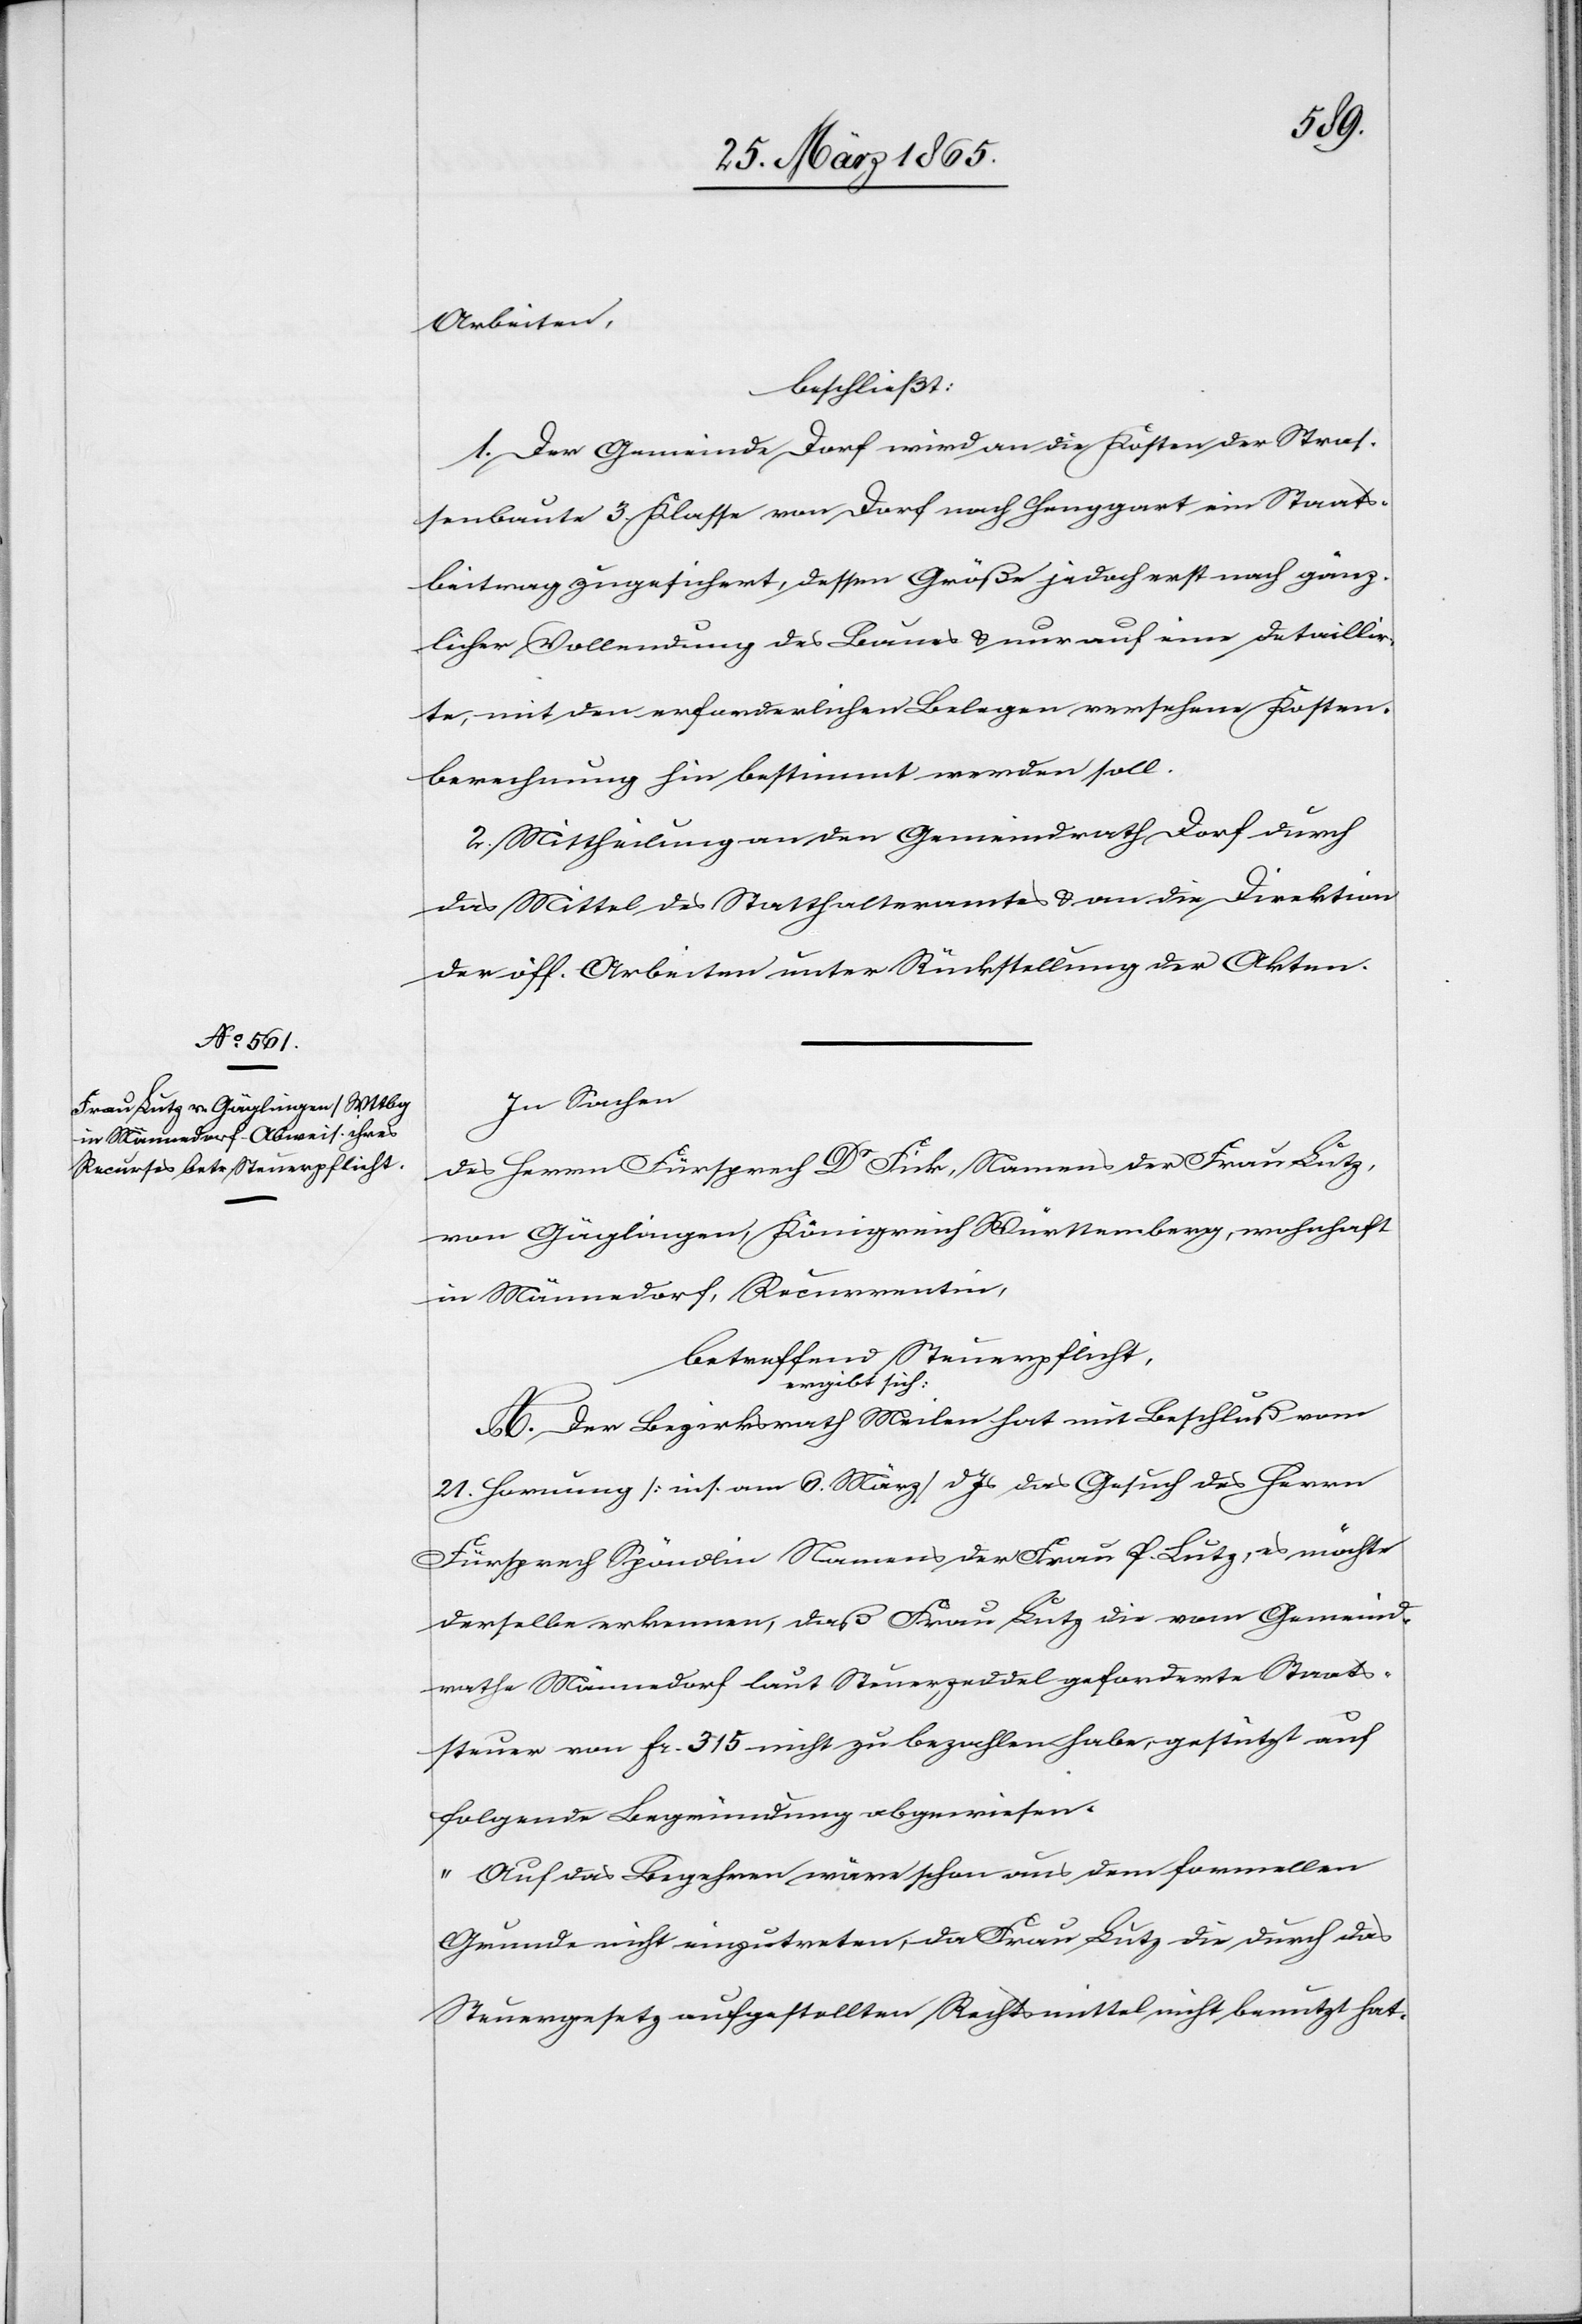
Arbeiten,
beschließt:
1. Der Gemeinde Dorf wird an die Kosten der Straß¬
enbaute 3. Klasse von Dorf nach Henggart ein Staats¬
beitrag zugesichert, dessen Größe jedoch erst nach gänz¬
licher Vollendung des Baues & nur auf eine detaillir¬
te, mit den erforderlichen Belegen versehene Kosten¬
berechnung hin bestimmt werden soll.
2. Mittheilung an den Gemeindrath Dorf durch
das Mittel des Statthalteramtes & an die Direktion
der öff. Arbeiten unter Rückstellung der Akten.
In Sachen
des Herrn Fürsprech Dr Fick, Namens der Frau Lutz,
von Gäglingen, Königreich Württemberg, wohnhaft
in Männedorf, Recurrentin,
betreffend Steuerpflicht,
ergibt sich:
A. Der Bezirksrath Meilen hat mit Beschluß vom
21. Hornung [ins. am 6. März] d Js das Gesuch des Herrn
Fürsprech Spöndlin Namens der Frau P. Lutz, es möchte
derselbe erkennen, daß Frau Lutz die vom Gemeind¬
rathe Männedorf laut Steuerzeddel geforderte Staats¬
steuer von fr. 315 nicht zu bezahlen habe, gestützt auf
folgende Begründung abgewiesen.
„Auf das Begehren wäre schon aus dem formellen
Grunde nicht einzutreten, da Frau Lutz die durch das
Steuergesetz aufgestellten Rechtsmittel nicht benutzt hat.